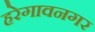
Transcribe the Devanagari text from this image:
हरेगावनगर